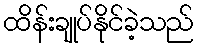
ထိန်းချုပ်နိုင်ခဲ့သည်